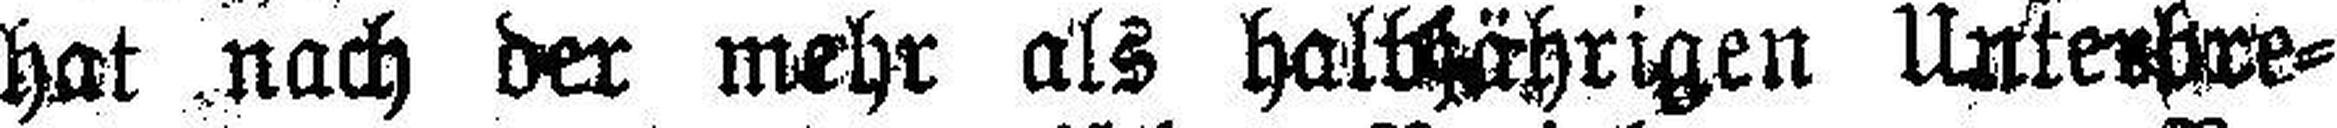
hat nach der mehr als halthährigen Unterbre¬